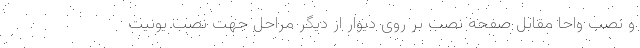
و نصب واحا مقابل صفحه نصب بر روی دیوار از دیگر مراحل جهت نصب یونیت